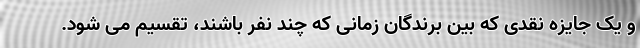
و یک جایزه نقدی که بین برندگان زمانی که چند نفر باشند، تقسیم می شود.